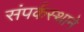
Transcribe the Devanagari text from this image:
संपर्कस्थाने